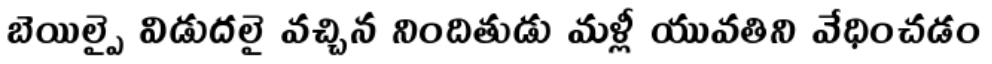
బెయిల్పై విడుదలై వచ్చిన నిందితుడు మళ్లీ యువతిని వేధించడం